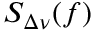
S _ { \Delta \nu } ( f )